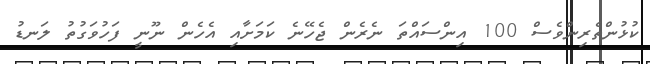
ކުޅުންތެރިންވެސް 100 އިންސައްތަ ނެރެން ޖެހޭނެ ކަމަށާއި އެހެން ނޫނީ ފަހުވަގުތު ލަނޑު